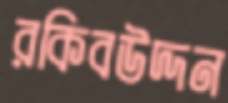
রকিবউদ্দন